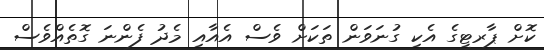
ކޮށް ޕާރޓީގެ އެކި ގުނަވަން ތަކަށް ވެސް އެއާއި މެދު ފެންނަ ގޮތެއްވެސް